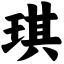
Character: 琪